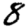
Digit: 8